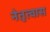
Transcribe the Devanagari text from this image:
नेतृत्वास